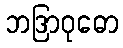
ဘဒြာဝုဓော